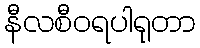
နီလစီဝရပါရုတာ